Indian Medical Review
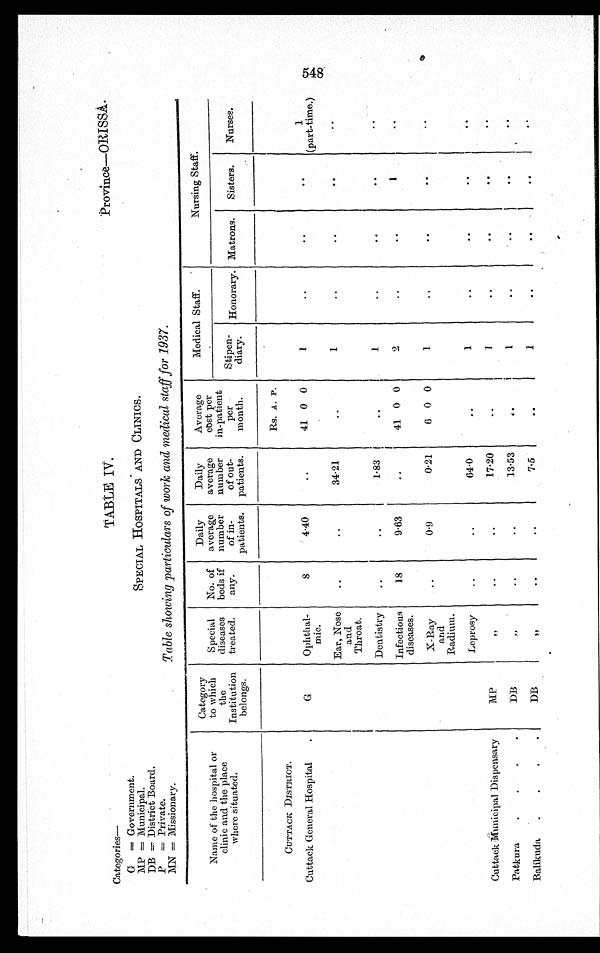
.
Categories—
G = Government.
MP = Municipal.
DB = District Board.
P = Private.
MN = Missionary.
TABLE IV.
SPECIAL HOSPITALS AND CLINICS.
Table showing particulars of work and medical staff for 1937.
Name of the hospital or
clinic and the place
where situated.
Category
to which
the
Institution
belongs.
Special
diseases
treated.
No. of
beds if
any.
Daily
average
number
of in-
patients.
Daily
average
number
of out-
patients.
Average
cost per
in-patient
per
month.
Medical Staff.
Nursing Staff.
Stipen-
diary. Honorary. Matrons. Sisters. Nurses.
Rs. A. P.
CUTTACK DISTRICT.
Cuttack General Hospital
G
Ophthal-
mic.
8
4.40
41 0 0
1
1
(part-time.)
Ear, Nos
e and
Throat.
34.21
1
Dentistry
1.83
1
Infectious
diseases.
18
9.63
41 0 0
2
1
X-Ra
y and
Radium.
0.9
0.21
6 0 0
1
Leprosy
6 4 . 0
1
Cuttack Municipal Dispensary
MP
"
17.20
1
Patkura
DB "
13.53
1
Balikuda
D B
"
7.5
1
c.rt
548